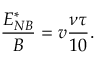
\frac { E _ { N B } ^ { * } } { B } = v \frac { \nu \tau } { 1 0 } .